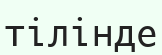
тілінде